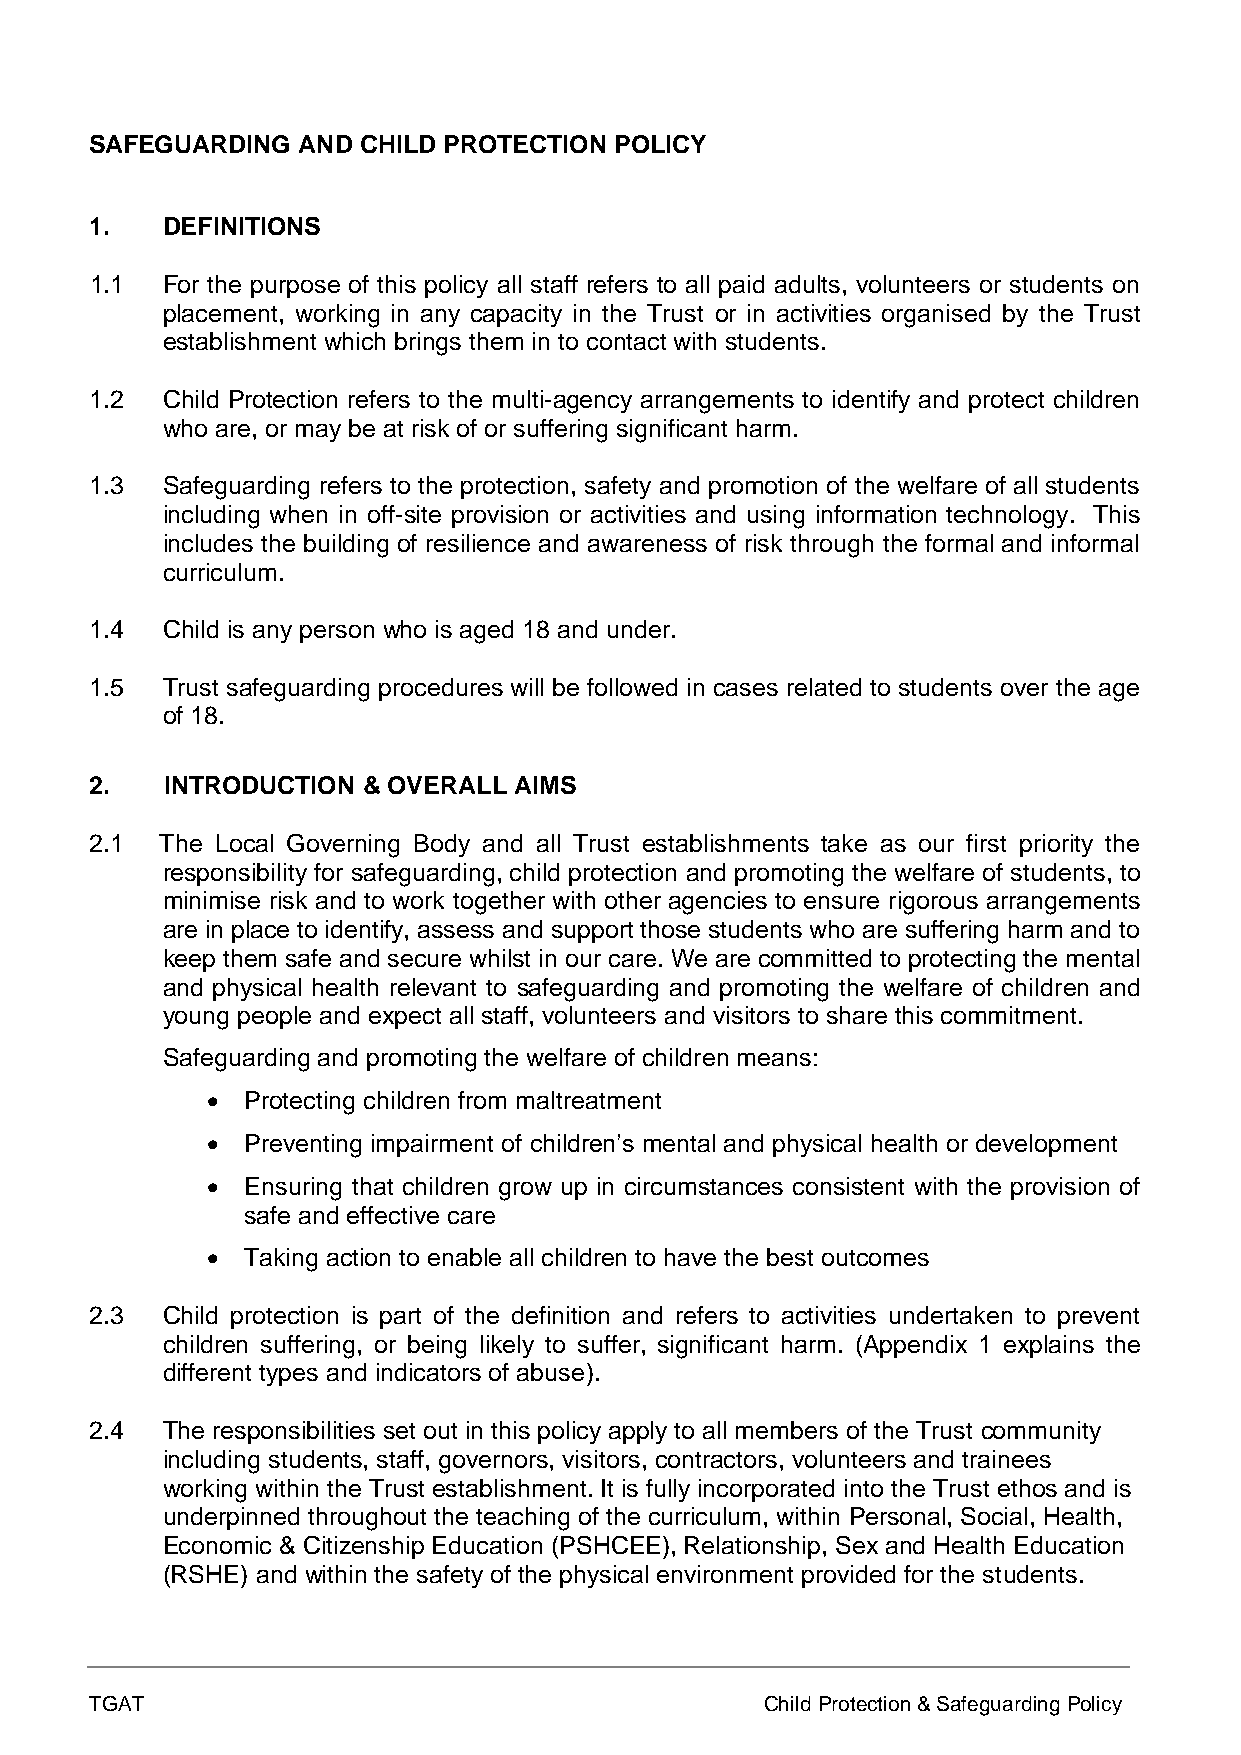
SAFEGUARDING  AND CHILD PROTECTION POLICY
 1.   DEFINITIONS
 1.1  For the purpose of this policy all staff refers to all paid adults, volunteers or students on
 placement, working in any capacity in the Trust or in activities organised by the Trust
 establishment which brings them in to contact with students.
 1.2  Child Protection refers to the multi-agency arrangements to identify and protect children
 who are, or may be at risk of or suffering significant harm.
 1.3  Safeguarding refers to the protection, safety and promotion of the welfare of all students
 including when in off-site provision or activities and using information technology. This
 includes the building of resilience and awareness of risk through the formal and informal
 curriculum.
 1.4  Child is any person who is aged 18 and under.
 1.5  Trust safeguarding procedures will be followed in cases related to students over the age
 of 18.
 2.   INTRODUCTION & OVERALL AIMS
 2.1  The Local Governing Body and all Trust establishments take as our first priority the
 responsibility for safeguarding, child protection and promoting the welfare of students, to
 minimise risk and to work together with other agencies to ensure rigorous arrangements
 are in place to identify, assess and support those students who are suffering harm and to
 keep them safe and secure whilst in our care. We are committed to protecting the mental
 and physical health relevant to safeguarding and promoting the welfare of children and
 young people and expect all staff, volunteers and visitors to share this commitment.
 Safeguarding and promoting the welfare of children means:
 • Protecting children from maltreatment
 • Preventing impairment of children’s mental and physical health or development
 • Ensuring that children grow up in circumstances consistent with the provision of
 safe and effective care
 • Taking action to enable all children to have the best outcomes
 2.3  Child protection is part of the definition and refers to activities undertaken to prevent
 children suffering, or being likely to suffer, significant harm. (Appendix 1 explains the
 different types and indicators of abuse).
 2.4  The responsibilities set out in this policy apply to all members of the Trust community
 including students, staff, governors, visitors, contractors, volunteers and trainees
 working within the Trust establishment. It is fully incorporated into the Trust ethos and is
 underpinned throughout the teaching of the curriculum, within Personal, Social, Health,
 Economic & Citizenship Education (PSHCEE), Relationship, Sex and Health Education
 (RSHE) and within the safety of the physical environment provided for the students.
 TGAT                                         Child Protection & Safeguarding Policy